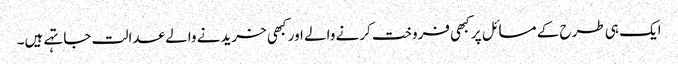
ایک ہی طرح کے مسائل پر کبھی فروخت کرنے والے اور کبھی خریدنے والے عدالت جا تہے ہیں۔